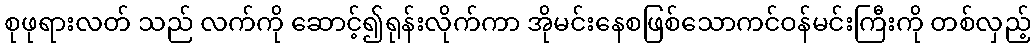
စုဖုရားလတ် သည် လက်ကို ဆောင့်၍ရုန်းလိုက်ကာ အိုမင်းနေစဖြစ်သောကင်ဝန်မင်းကြီးကို တစ်လှည့်